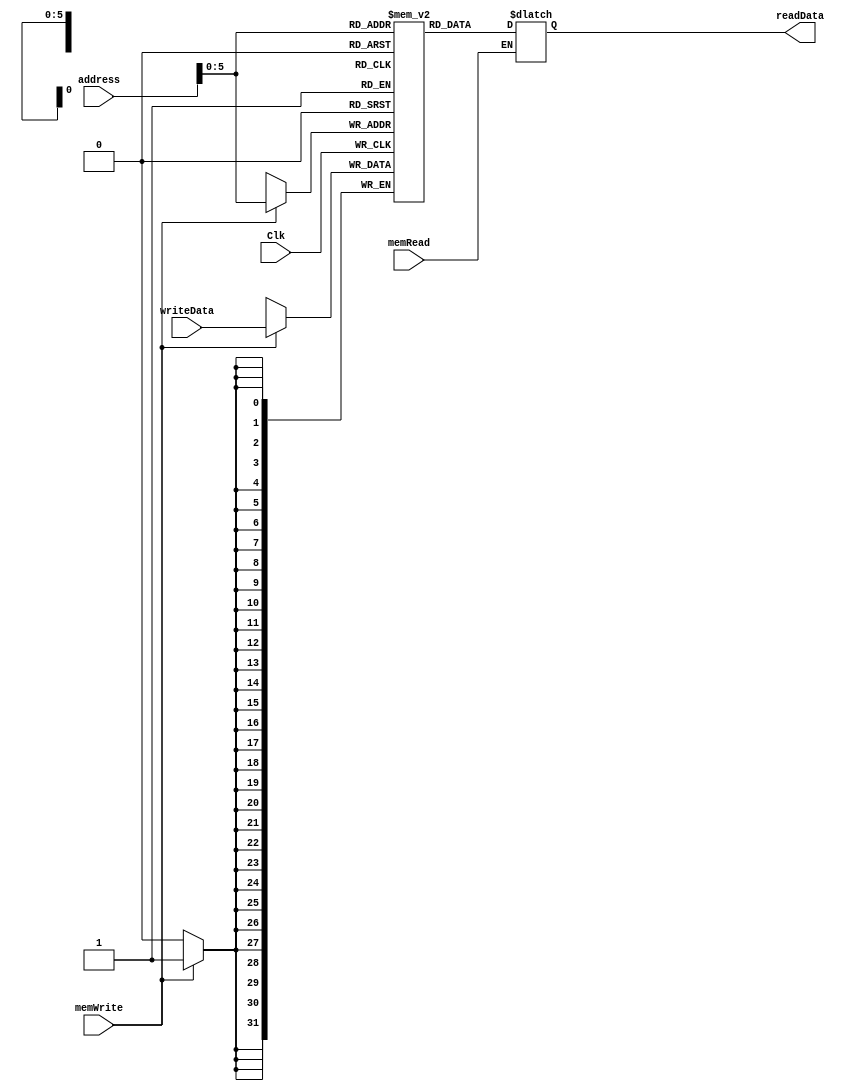
`timescale 1ns / 1ps
//////////////////////////////////////////////////////////////////////////////////
// Company: 
// Engineer: 
// 
// Design Name: 
// Module Name: dataMemory
// Project Name: 
// Target Devices: 
// Tool Versions: 
// Description: 
// 
// Dependencies: 
// 
// Revision:
// Revision 0.01 - File Created
// Additional Comments:
// 
//////////////////////////////////////////////////////////////////////////////////


module dataMemory(
    input Clk,
    input [31:0] address,
    input [31:0] writeData,
    input memWrite,
    input memRead,
    output reg [31:0] readData
    );
    
    reg [31:0] memFile[0:63];
    
            
    always @(address)
        begin
            if(memRead)
                readData = memFile[address];
        end
        
    always @(negedge Clk)
        begin
            if(memWrite)
                memFile[address] = writeData;
        end
        
        
endmodule